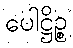
ပေါဋ္ဌိဉ္စ